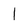
Character: l